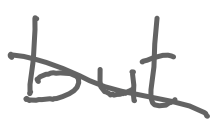
Text: but
Cross-out: diagonal
Writing tool: digital_gray